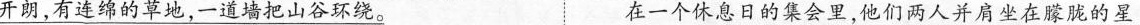
开朗，有连绵的草地，一道墙把山谷环绕。 在一个休息日的集会里，他们两人并肩坐在朦胧的星